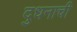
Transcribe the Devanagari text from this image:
दुधनाची